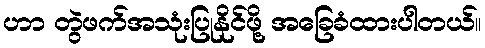
ဟာ တွဲဖက်အသုံးပြုနိုင်ဖို့ အခြေခံထားပါတယ်။